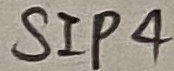
Text: SIP4